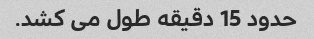
حدود 15 دقیقه طول می کشد.